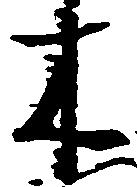
木